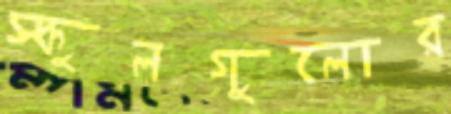
স্কুলগুলোর